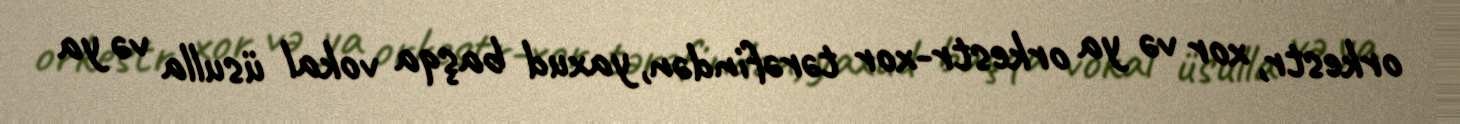
orkestr, xor və ya orkestr-xor tərəfindən, yaxud başqa vokal üsulla və ya